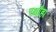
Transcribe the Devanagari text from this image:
रक्षौहा